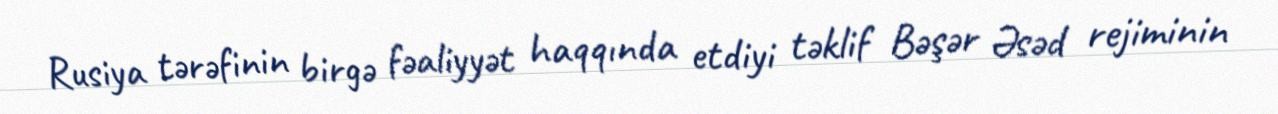
Rusiya tərəfinin birgə fəaliyyət haqqında etdiyi təklif Bəşər Əsəd rejiminin